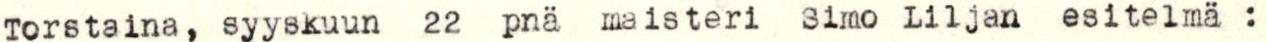
Torstaina, syyskuun 22 pnä maisteri Simo Liljan esitelmä: